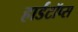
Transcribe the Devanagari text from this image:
हार्डटॉप्स